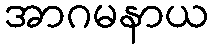
အာဂမနာယ